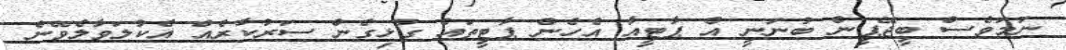
ނަމަވެސް ބީޖޭޕީން ބުނަނީ އެ ޕާޓީއާ އެހެން ޕާޓީތައް ގުޅިގެން ސަރުކާރެއް އެކުލަވާލެވޭނެ